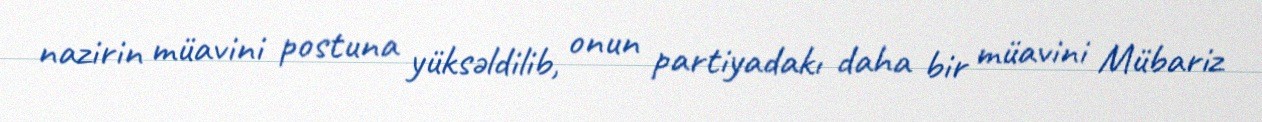
nazirin müavini postuna yüksəldilib, onun partiyadakı daha bir müavini Mübariz